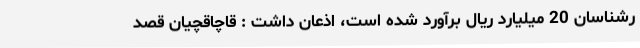
رشناسان 20 میلیارد ریال برآورد شده است، اذعان داشت : قاچاقچیان قصد